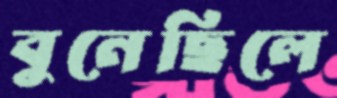
বুনেছিলে